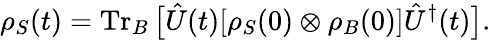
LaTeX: \rho_{S}(t)=\operatorname{Tr}_{B}{\big[}{\hat{U}}(t)[\rho_{S}(0)\otimes\rho_{B}(0)]{\hat{U}}^{\dagger}(t){\big]}.